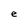
Character: e